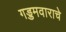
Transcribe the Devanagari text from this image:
गड्डमवाराचे